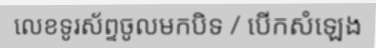
លេខទូរស័ព្ទចូលមកបិទ / បើកសំឡេង